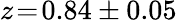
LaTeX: z\! =\! 0.84\pm 0.05